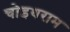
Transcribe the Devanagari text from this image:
चोइथराम